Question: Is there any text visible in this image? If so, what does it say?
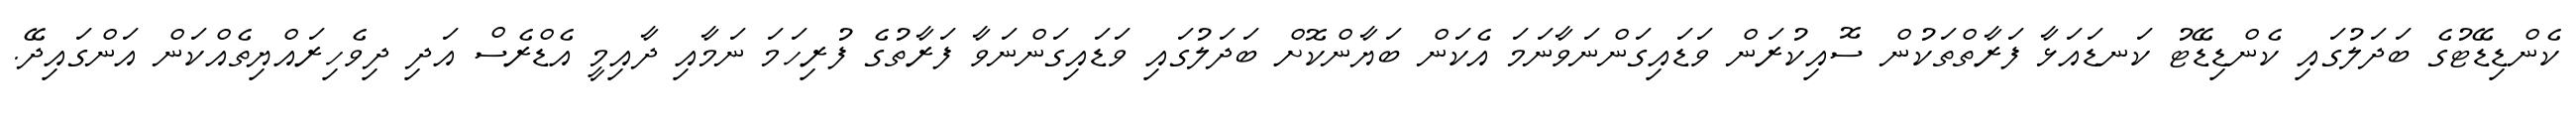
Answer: ކެންޑިޑޭޓުގެ ބަދަލުގައި ކެންޑިޑޭޓު ކަނޑައަޅާ ފަރާތްތަކުން ސޮއިކުރަން ވަޑައިގަންނަވާނަމަ އެކަން ބަޔާންކޮށް ބަދަލުގައި ވަޑައިގަންނަވާ ފަރާތުގެ ފުރިހަމަ ނަމާއި ދާއިމީ އެޑްރެސް އަދި ދިވެހިރައްޔިތެއްކަން އަންގައިދޭ.